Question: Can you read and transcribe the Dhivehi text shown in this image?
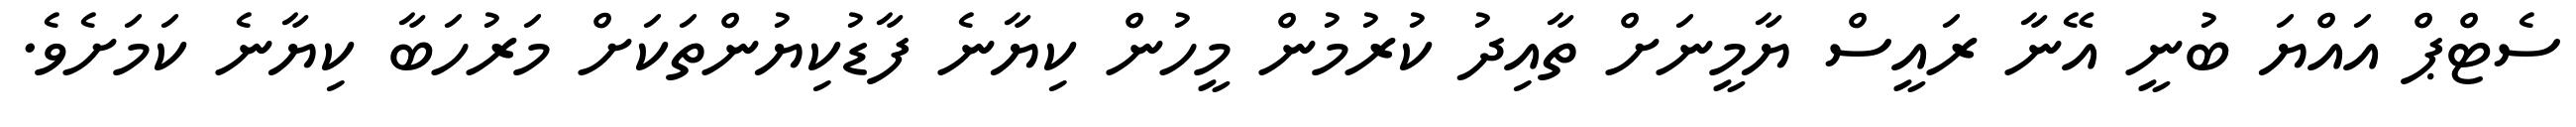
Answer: ސެޓްޕް އައްޔަ ބުނީ އޭނާ ރައީސް ޔާމީނަށް ތާއިދު ކުރުމުން މީހުން ކިޔާނެ ފާޑުކިޔުންތަކަށް މަރުހަބާ ކިޔާނެ ކަމަށެވެ.